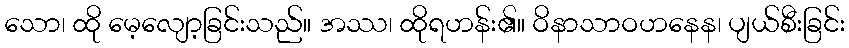
သော၊ ထို မေ့လျော့ခြင်းသည်။ အဿ၊ ထိုရဟန်း၏။ ဝိနာသာဝဟနေန၊ ပျယ်စီးခြင်း